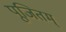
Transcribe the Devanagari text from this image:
पूजितम्